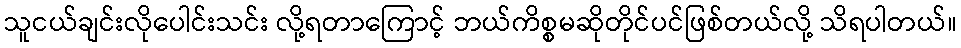
သူငယ်ချင်းလိုပေါင်းသင်း လို့ရတာကြောင့် ဘယ်ကိစ္စမဆိုတိုင်ပင်ဖြစ်တယ်လို့ သိရပါတယ်။